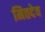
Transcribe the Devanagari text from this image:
मितदेव